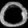
Digit: ၀